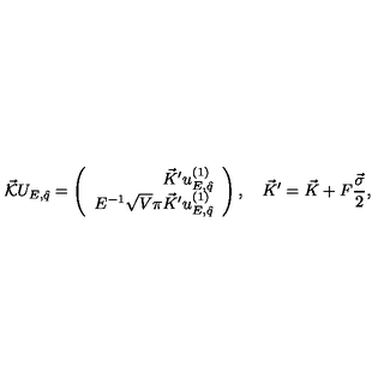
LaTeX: \vec { \cal K } U _ { E , \hat { q } } = \left( \begin{array} { r } { \vec { K } ^ { \prime } u _ { E , \hat { q } } ^ { ( 1 ) } } \\ { E ^ { - 1 } \sqrt { V } \pi \vec { K } ^ { \prime } u _ { E , \hat { q } } ^ { ( 1 ) } } \\ \end{array} \right) , \quad \vec { K } ^ { \prime } = \vec { K } + F \frac { \vec { \sigma } } { 2 } ,